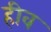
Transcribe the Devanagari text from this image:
हीव